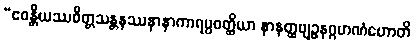
“ဧဝန္တိယဿစိတ္တသန္တနဿနာနာကာရပ္ပဝတ္ထိယာ နာနတ္ထဗျဉ္ဇနဂ္ဂဟဏံဟောတိ